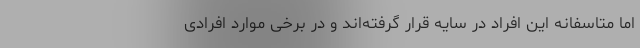
اما متاسفانه این افراد در سایه قرار گرفته‌اند و در برخی موارد افرادی